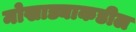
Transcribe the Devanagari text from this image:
मोखाड्याकडील